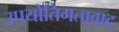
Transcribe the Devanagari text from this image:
उपयोतिगतावाद